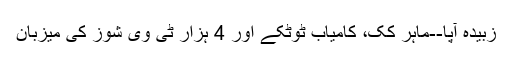
زبیدہ آپا--ماہر ُکک، کامیاب ٹوٹکے اور 4 ہزار ٹی وی شوز کی میزبان